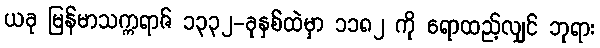
ယခု မြန်မာသက္ကရာဇ် ၁၃၃၂-ခုနှစ်ထဲမှာ ၁၁၈၂ ကို ရောထည့်လျှင် ဘုရား